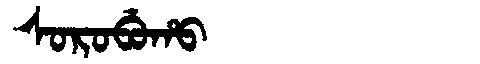
Manchu: ᠰᠣᡵᠣᠪᡠᡥᠣ
Romanization: SOROBUHO